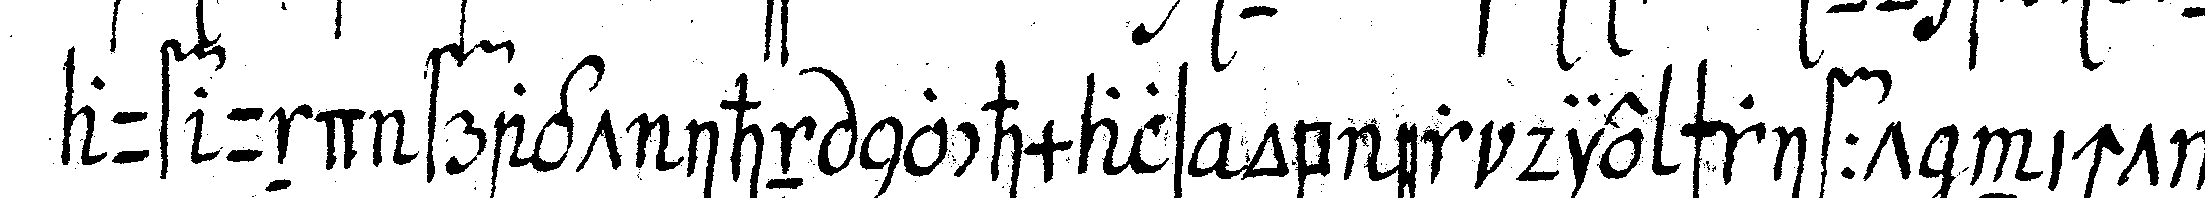
auf und fragt ihn nochmals ob er die schrifft nicht